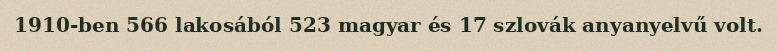
1910-ben 566 lakosából 523 magyar és 17 szlovák anyanyelvű volt.